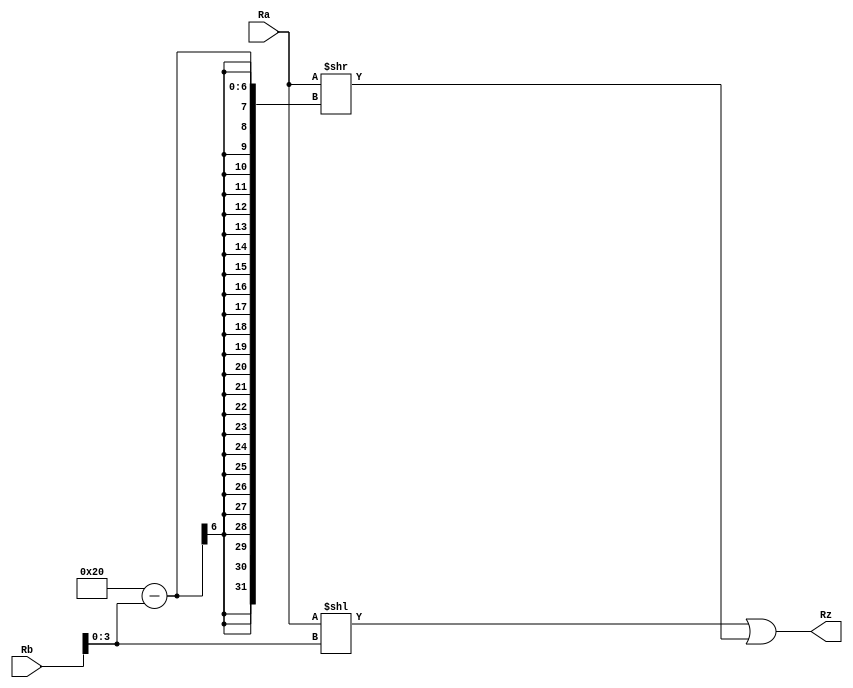
`timescale 1ns / 1ps
module alu_rol(
	input wire [31:0] Ra,
	input wire [31:0] Rb,
	output wire [31:0] Rz
	);
   assign Rz = (Ra << Rb[3:0]) | (Ra >> 32-Rb[3:0]);
endmodule